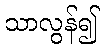
သာလွန်၍